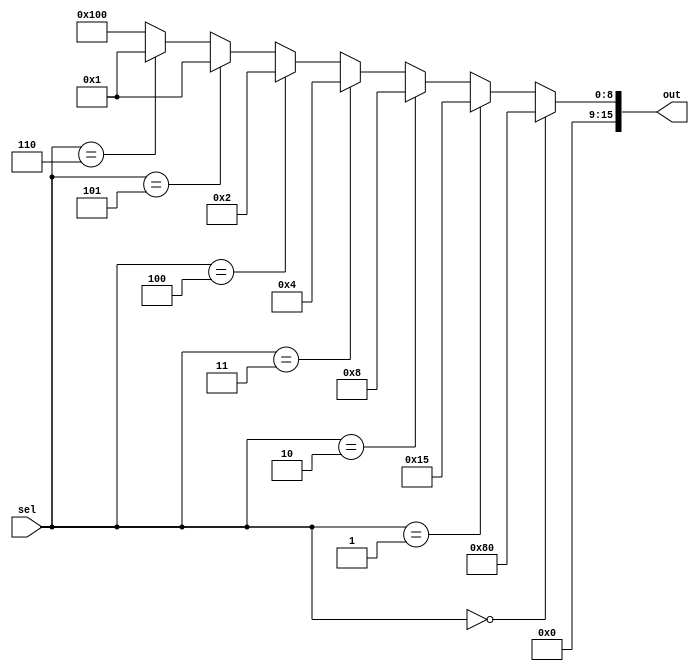
`timescale 1ns/1ns

module rom(input [2:0] sel, output [15:0] out);

	assign out = (sel == 3'b000) ? 16'b0000000010000000 : 
						  (sel == 3'b001) ? 16'b0000000000010101 : 
						  (sel == 3'b010) ? 16'b0000000000001000 : 
						  (sel == 3'b011) ? 16'b0000000000000100 : 
						  (sel == 3'b100) ? 16'b0000000000000010 : 
						  (sel == 3'b101) ? 16'b0000000000000001 : 
						  (sel == 3'b110) ? 16'b0000000000000001 :
												  16'b0000000100000000;

endmodule